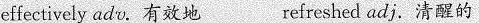
effectively adv.有效地 refreshed adj.清醒的